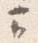
云